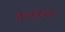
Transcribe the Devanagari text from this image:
तैलकूपों